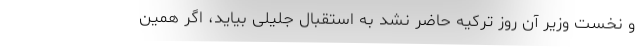
و نخست وزیر آن روز ترکیه حاضر نشد به استقبال جلیلی بیاید، اگر همین